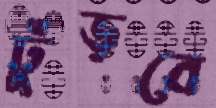
ঢুঁড়বে